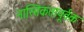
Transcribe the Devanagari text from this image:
नास्तिकतापूर्वक